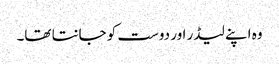
وہ اپنے لیڈر اور دوست کو جانتا تھا۔